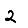
Digit: 2